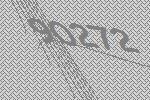
90272